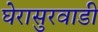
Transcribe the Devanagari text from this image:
घेरासुरवाडी